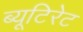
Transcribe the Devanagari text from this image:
ब्यूटिरेट